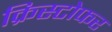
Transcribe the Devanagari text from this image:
क्रिस्‍टोफर